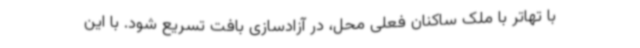
با تهاتر با ملک ساکنان فعلی محل، در آزادسازی بافت تسریع شود. با این